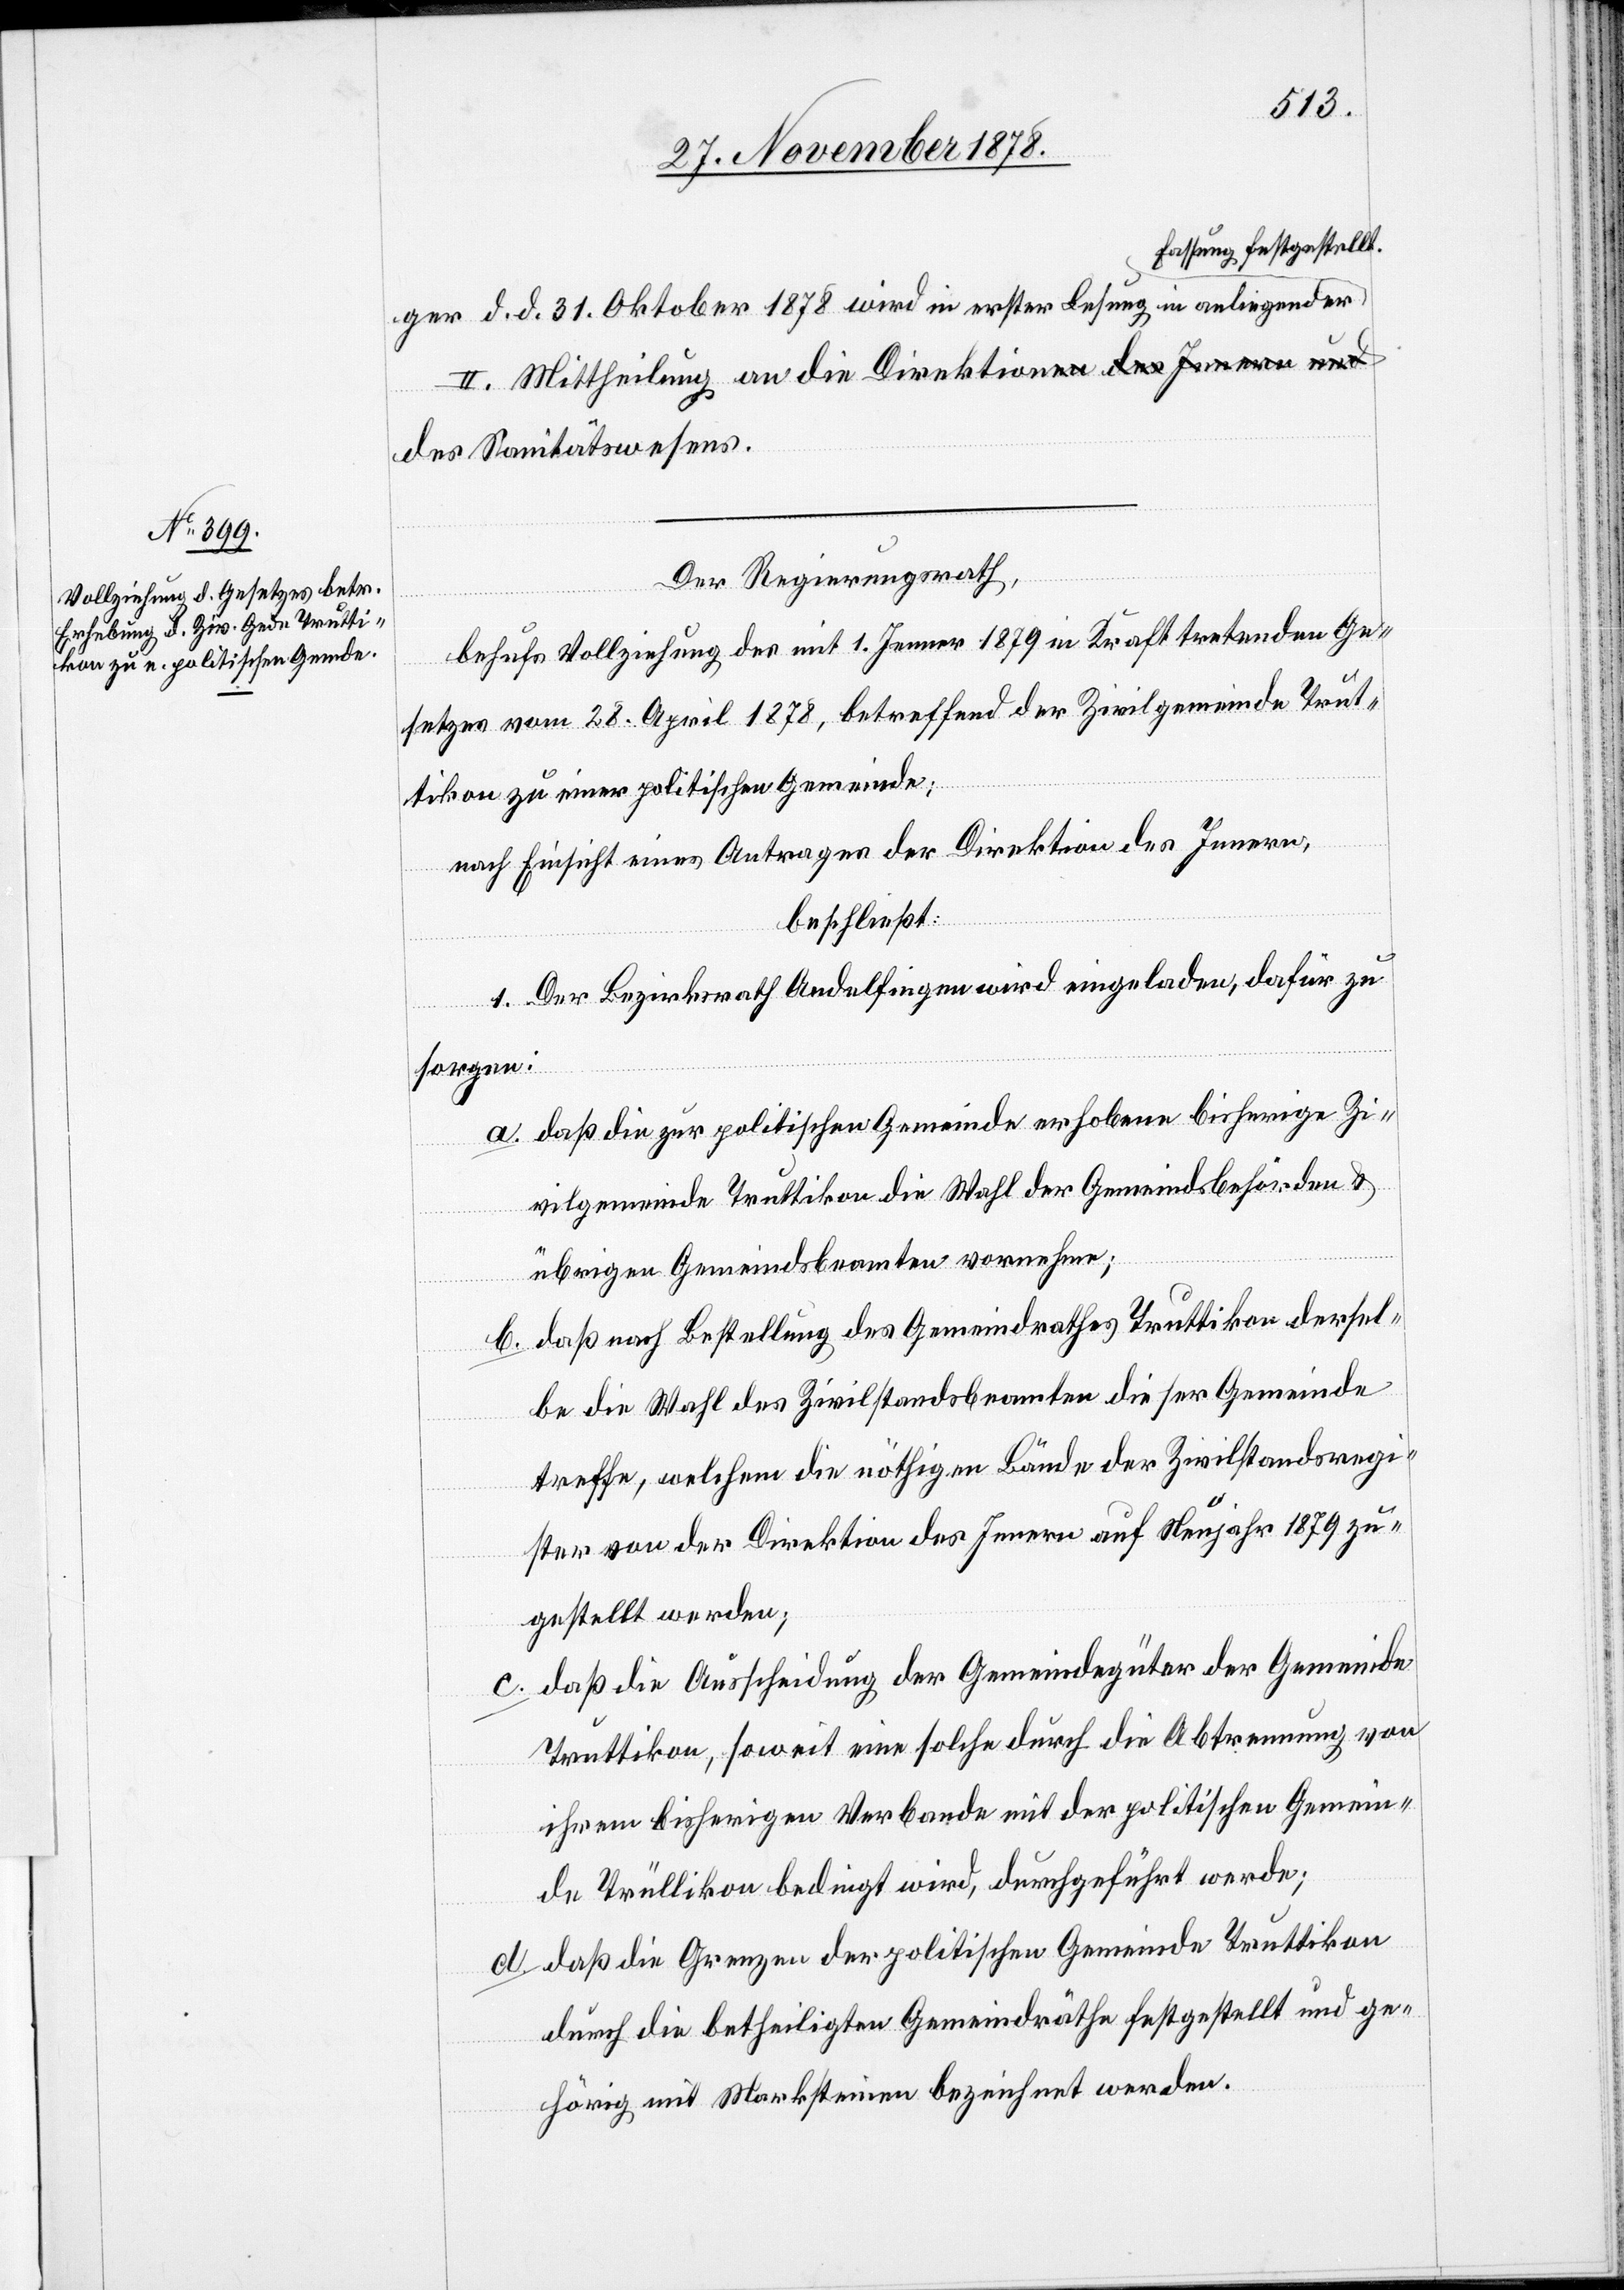
Fassung festgestellt.
ger d. d. 31. Oktober 1878 wird in erster Lesung in anliegender
II. Mittheilung an die Direktion des Sanitäts¬
wesens.
Der Regierungsrath,
behufs Vollziehung des mit 1. Jenner 1879 in Kraft tretenden Ge¬
setzes vom 28. April 1878, betreffend der Zivilgemeinde Trut¬
a.
tikon zu einer politischen Gemeinde;
nach Einsicht eines Antrages der Direktion des Innern,
beschließt:
1. Der Bezirksrath Andelfingen wird eingeladen, dafür zu
sorgen:
daß die zur politischen Gemeinde erhoben bisherige Zi¬
vilgemeinde Truttikon die Wahl der Gemeindsbehörden &
übrigen Gemeindsbeamten vornehme;
daß nach Bestellung des Gemeindrathes Truttikon dersel¬
be die Wahl des Zivilstandsbeamten dieser Gemeinde
treffe, welchem die nöthigen Bände der Zivilstandsregi¬
ster von der Direktion des Innern auf Neujahr 1879 zu¬
gestellt werden;
daß die Ausscheidung der Gemeindegüter der Gemeinde
Truttikon, soweit eine solche durch die Abtrennung von
ihrem bisherigen Verbande mit der politischen Gemein¬
de Trüllikon bedingt wird, durchgeführt werde;
daß die Grenzen der politischen Gemeinde Truttikon
durch die betheiligten Gemeindräthe festgestellt und ge¬
hörig mit Marksteinen bezeichnet werden.